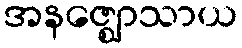
အနဇ္ဈောသာယ